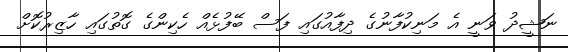
ނަޝީދު ވަނީ އެ މަނިކުފާނުގެ ދިފާއުގައި ފަސް ބޭފުޅެއް ހެކިންގެ ގޮތުގައި ހާޒިރުކޮށް